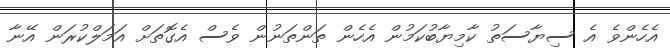
އެހެންވެ އެ ސިޔާސަތު ކާމިޔާބުކަމުން އެހެން ތަންތަނުން ވެސް އެގޮތަށް އަމަލްކުރަން އޭނާ